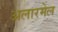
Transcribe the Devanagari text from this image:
अलारमेल